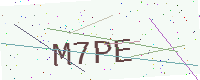
Text: M7PE